Report on malaria in the Punjab during the year ...  together with an account of the work of the Punjab Malaria Bureau - Volume 2
Disease focus: Malaria
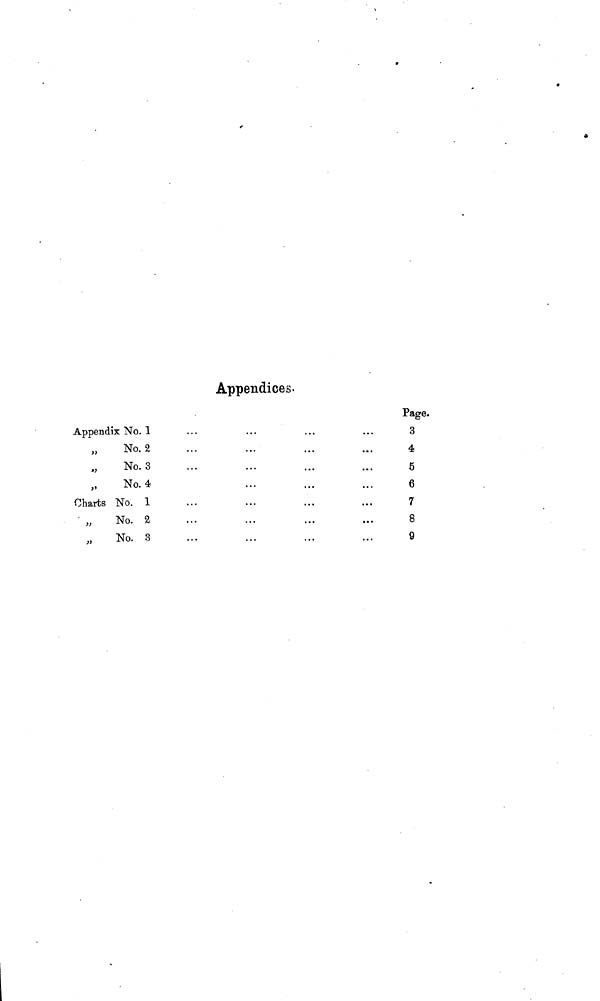
Appendices.
Appendix No. 1
No. 2
No. 3
No. 4
Charts No. 1
No. 2
No. 3
3
4
5
6
7
8
9